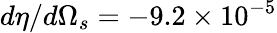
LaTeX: d\eta/d\Omega_{s}=-9.2\times 10^{-5}